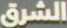
الشرق